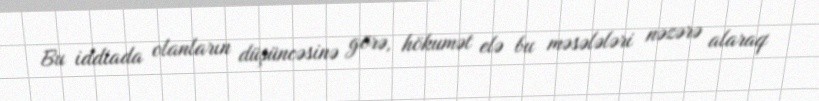
Bu iddiada olanların düşüncəsinə görə, hökumət elə bu məsələləri nəzərə alaraq